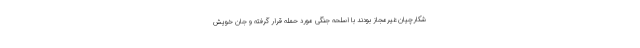
شکارچیان غیرمجاز بودند با اسلحه جنگی مورد حمله قرار گرفته و جان خویش